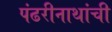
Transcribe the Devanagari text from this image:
पंढरीनाथांची